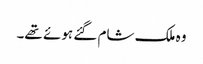
وہ ملک شام گئے ہوئے تھے۔